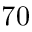
7 0